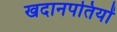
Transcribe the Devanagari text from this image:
खदानपतियों